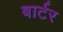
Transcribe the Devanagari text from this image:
बार्टर